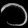
Digit: ၁